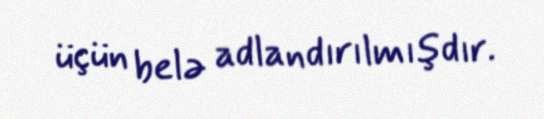
üçün belə adlandırılmışdır.